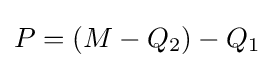
P=(M-Q_{2})-Q_{1}